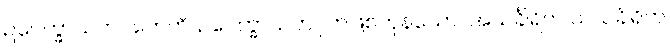
ဥပေက္ခာသဟဂတေဟိ၊ ဥပေက္ခာသဟဂုတ်ဖြစ်ကုန်သော။ အသင်္ခါရိက သသင်္ခါရိက